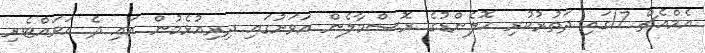
އެމްއެޗް 17ގައި ދަތުރުކުރި ހޮލެންޑުގެ ރޮސްމާލެން އަވަށުގައި ދިރިއުޅެމުން އައި ދެ އަވައްޓެރި